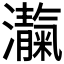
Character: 𪸃